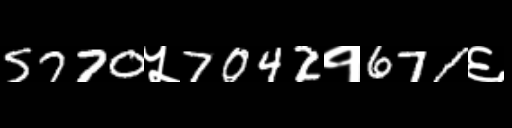
Text: 5770५7042१671६